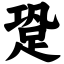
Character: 跫